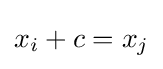
x_{i}+c=x_{j}